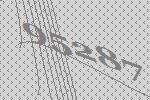
95287